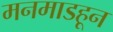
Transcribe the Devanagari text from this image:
मनमाडहून